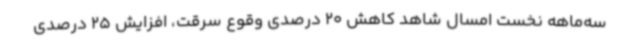
سه‌ماهه نخست امسال شاهد کاهش 20 درصدی وقوع سرقت، افزایش 25 درصدی